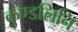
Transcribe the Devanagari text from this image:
कुण्डलिनि